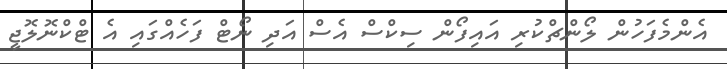
އެންމެފަހުން ލޯންޗްކުރި އައިފޯން ސިކްސް އެސް އަދި ނޯޓް ފަހެއްގައި އެ ޓްކްނޮލޮޖީ